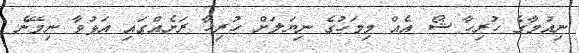
ނިއުމާގެ ހުރިހާ ޝޯ އެއް މިމަހުގެ ނިޔަލަށް ހުރިހާ ރަށެއްގައި އަޅުވާ ނިމޭނެ